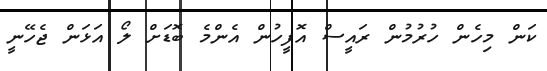
ކަން މިހެން ހުރުމުން ރައީސް އޮފީހުން އެންމެ ބޮޑަށް ލޯ އަޅަން ޖެހޭނީ